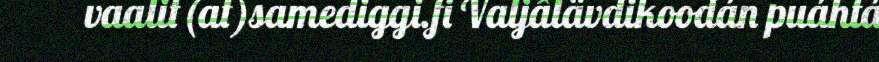
vaalit(at)samediggi.fi Valjâlävdikoodán puáhtá